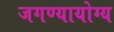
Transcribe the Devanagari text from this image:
जगण्यायोग्य